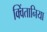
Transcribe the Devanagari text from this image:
क्विंतानिया